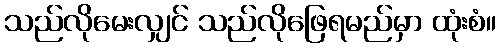
သည်လိုမေးလျှင် သည်လိုဖြေရမည်မှာ ထုံးစံ။